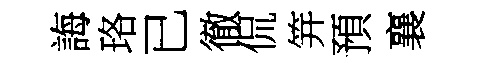
誨珞已徹侃笄預襄